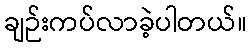
ချဉ်းကပ်လာခဲ့ပါတယ်။